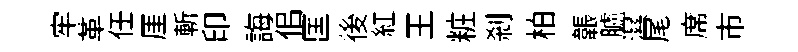
牢革任厓斬印誨佀匡後紅王粧剎柏韔臚濕尾席市